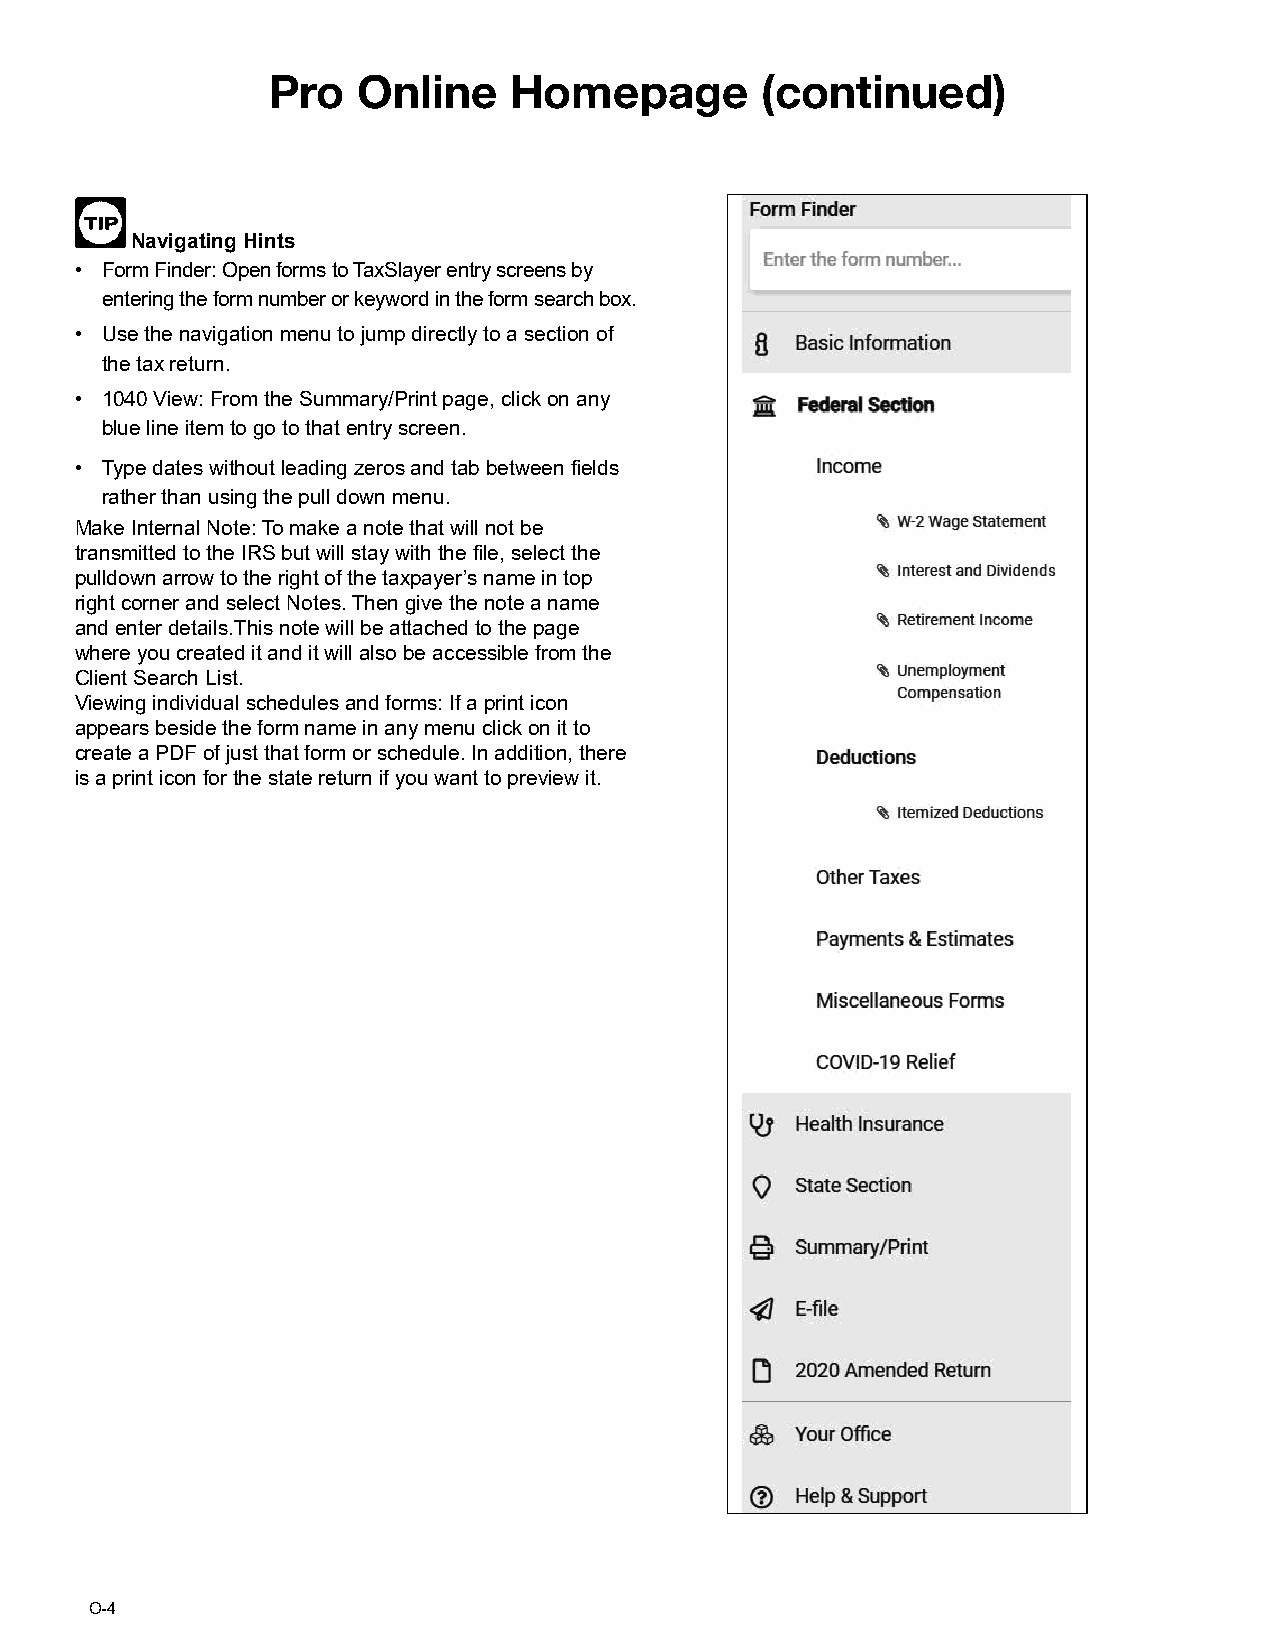
Pro   Online    Homepage        (continued)
 Navigating Hints
 • Form Finder: Open forms to TaxSlayer entry screens by
 entering the form number or keyword in the form search box.
 • Use the navigation menu to jump directly to a section of
 the tax return.
 • 1040 View: From the Summary/Print page, click on any
 blue line item to go to that entry screen.
 • Type dates without leading zeros and tab between fields
 rather than using the pull down menu.
 Make Internal Note: To make a note that will not be
 transmitted to the IRS but will stay with the file, select the
 pulldown arrow to the right of the taxpayer’s name in top
 right corner and select Notes. Then give the note a name
 and enter details.This note will be attached to the page
 where you created it and it will also be accessible from the
 Client Search List.
 Viewing individual schedules and forms: If a print icon
 appears beside the form name in any menu click on it to
 create a PDF of just that form or schedule. In addition, there
 is a print icon for the state return if you want to preview it.
 O-4